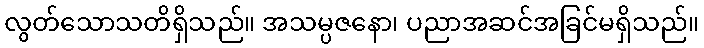
လွတ်သောသတိရှိသည်။ အသမ္ပဇနော၊ ပညာအဆင်အခြင်မရှိသည်။